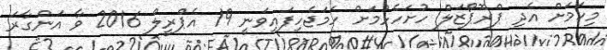
މިކަމަށް އެދި ޕްރޮޕޯޒަލް ހުށަހެޅުމަށް ހަމަޖެހިފައިވަނީ 19 އެޕްރީލް 2016 ވާ އަންގާރަ